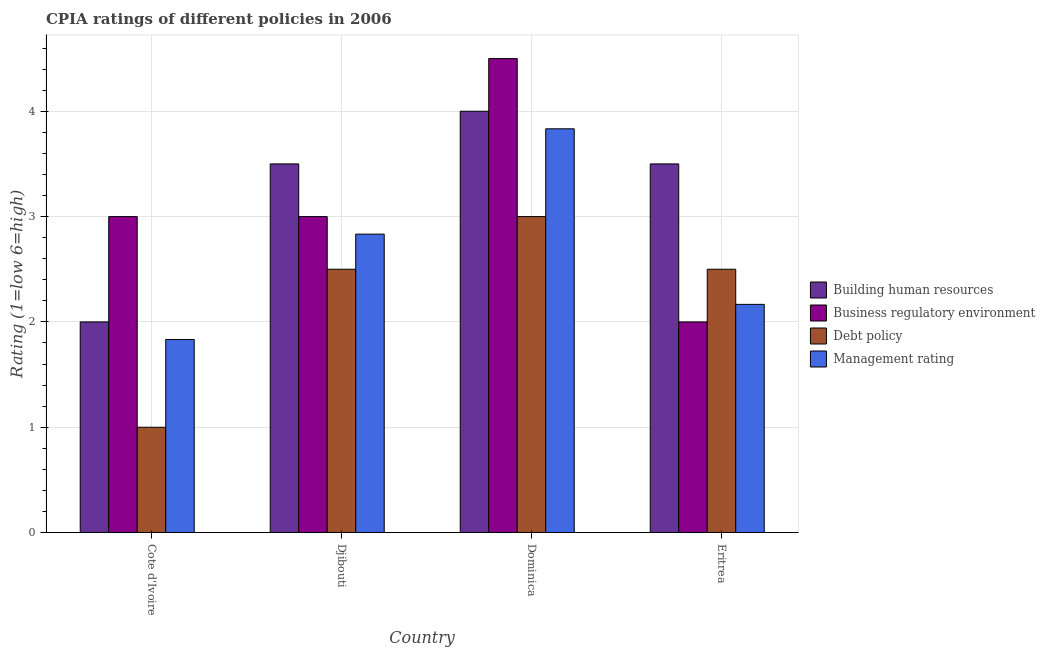
| Country | Building human resources | Business regulatory environment | Debt policy | Management rating |
 | --- | --- | --- | --- | --- |
 | Cote d'Ivoire | 2 | 3 | 1 | 1.83 |
 | Djibouti | 3.5 | 3 | 2.5 | 2.83 |
 | Dominica | 4 | 4.5 | 3 | 3.83 |
 | Eritrea | 3.5 | 2 | 2.5 | 2.17 |